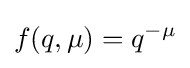
f(q,\mu )=q^{-\mu }